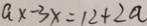
a x - 3 x = 1 2 + 2 a